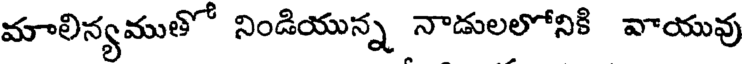
మాలిన్యముతో నిండియున్న నాడులలోనికి వాయువు